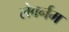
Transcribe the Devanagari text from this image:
लेबर्नम